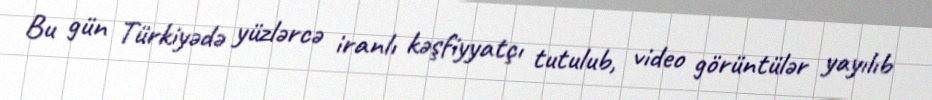
Bu gün Türkiyədə yüzlərcə iranlı kəşfiyyatçı tutulub, video görüntülər yayılıb